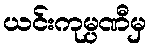
ယင်းကုမ္ပဏီမှ